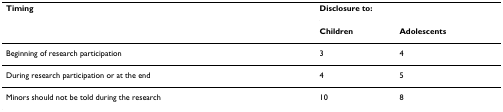
<table><thead><tr><td><b>Timing</b></td><td colspan="2"><b>Disclosure to:</b></td></tr><tr><td></td><td><b>Children</b></td><td><b>Adolescents</b></td></tr></thead><tbody><tr><td>Beginning of research participation</td><td>3</td><td>4</td></tr><tr><td>During research participation or at the end</td><td>4</td><td>5</td></tr><tr><td>Minors should not be told during the research</td><td>10</td><td>8</td></tr></tbody></table>